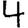
Digit: 4